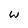
Character: w